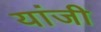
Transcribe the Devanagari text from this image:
यांजी